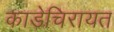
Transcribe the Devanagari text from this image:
काडेचिरायत